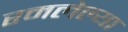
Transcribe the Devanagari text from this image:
रमलेल्या